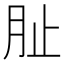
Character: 𭨪